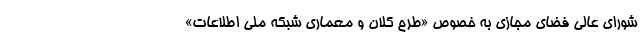
شورای عالی فضای مجازی به خصوص «طرح کلان و معماری شبکه ملی اطلاعات»